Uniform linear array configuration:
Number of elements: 64
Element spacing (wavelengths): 0.5
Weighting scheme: uniform
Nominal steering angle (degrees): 45
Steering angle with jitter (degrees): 44.794
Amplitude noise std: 0.05
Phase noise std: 0.05

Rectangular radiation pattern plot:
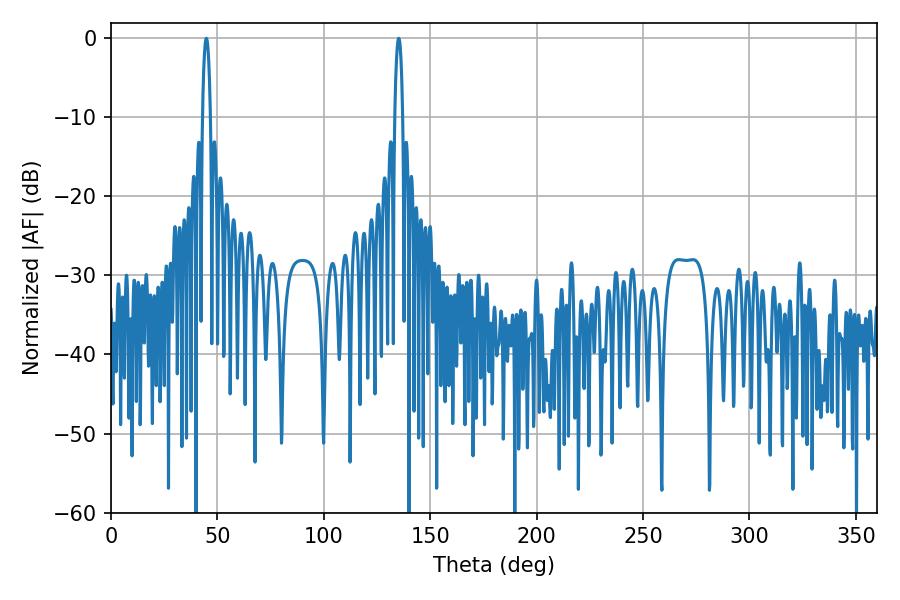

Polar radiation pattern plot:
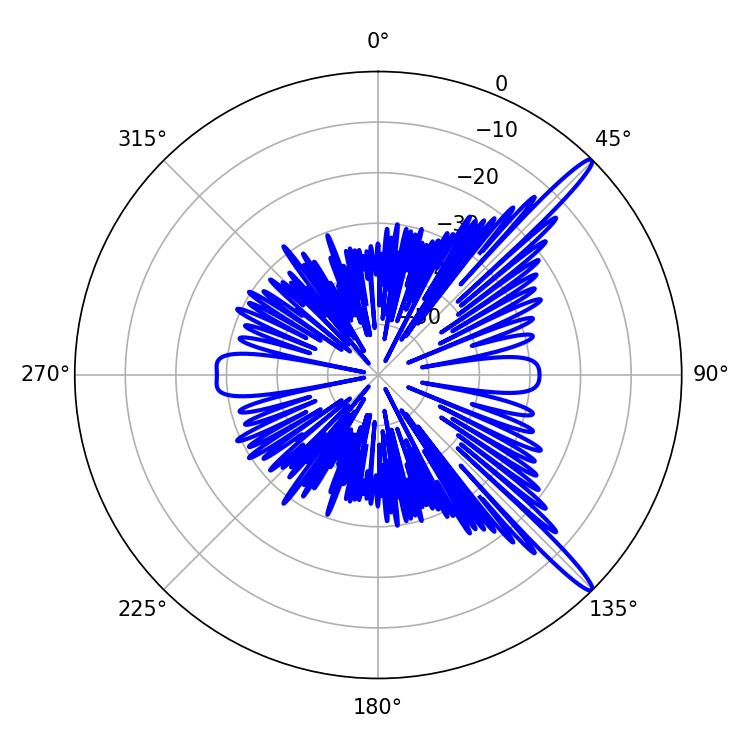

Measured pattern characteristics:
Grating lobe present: FALSE
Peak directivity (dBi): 15.126
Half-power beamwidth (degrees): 2.16
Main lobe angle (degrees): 135.18